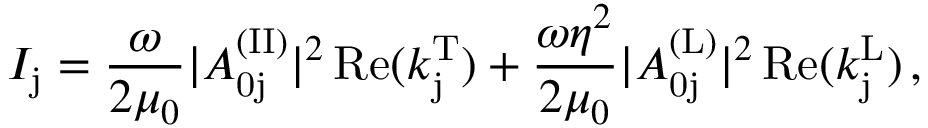
I _ { \mathrm { j } } = \frac { \omega } { 2 \mu _ { 0 } } | A _ { \mathrm { 0 j } } ^ { \mathrm { ( I I ) } } | ^ { 2 } \, \mathrm { R e } ( k _ { \mathrm { j } } ^ { \mathrm { T } } ) + \frac { \omega \eta ^ { 2 } } { 2 \mu _ { 0 } } | A _ { \mathrm { 0 j } } ^ { \mathrm { ( L ) } } | ^ { 2 } \, \mathrm { R e } ( k _ { \mathrm { j } } ^ { \mathrm { L } } ) \, ,